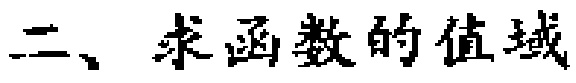
二、求函数的值域